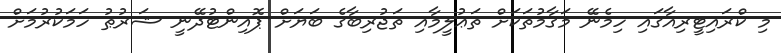
މި ކްރައިޓީރިއާގައި ހިމެނޭ މަޤާމުތަކަށް ތަޢުލީމާއި ތަޖުރިބާގެ ބަޔަށް ޕޮއިންޓުދޭނީ ޝަރުޠު ހަމަކުރުމަށް